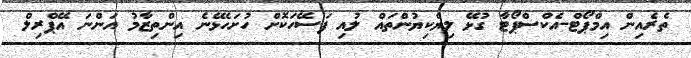
ތެރެއިން އިމްޕޯޓް-އެކްސްޕޯޓާ ގުޅޭ ލިޔެކިޔުންތައް ލުއި ފަސޭހަކޮށް ހުށަހެޅޭނެ އިންތިޒާމު އަންނަ އޭޕްރިލް